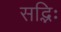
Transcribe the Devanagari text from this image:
सद्भिः